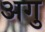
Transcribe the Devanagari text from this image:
अगु